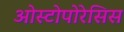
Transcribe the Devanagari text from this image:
ओस्टोपोरेसिस